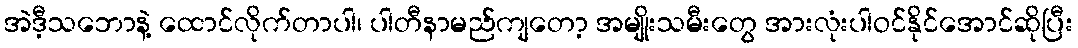
အဲဒီ့သဘောနဲ့ ထောင်လိုက်တာပါ၊ ပါတီနာမည်ကျတော့ အမျိုးသမီးတွေ အားလုံးပါဝင်နိုင်အောင်ဆိုပြီး